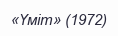
«Үміт» (1972)